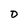
Character: D